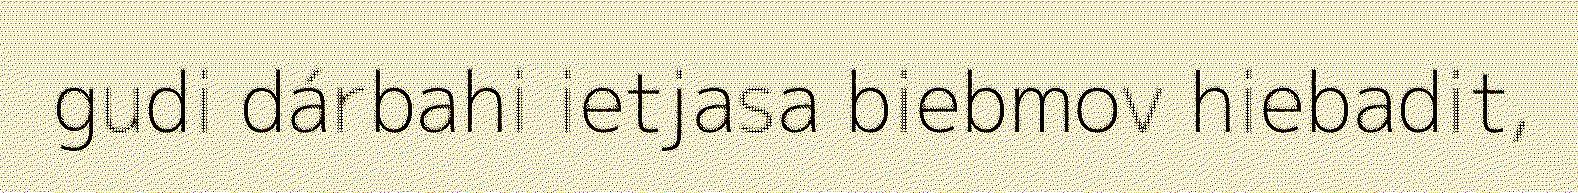
gudi dárbahi ietjasa biebmov hiebadit,